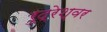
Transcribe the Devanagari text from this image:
रुद्रेश्वर